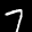
Label: 7